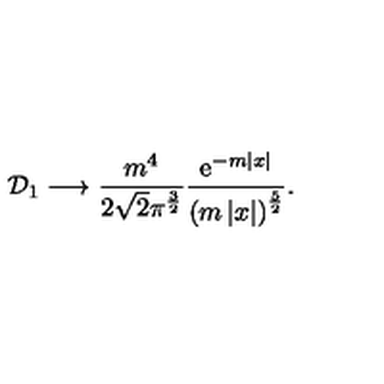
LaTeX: { \cal D } _ { 1 } \longrightarrow \frac { m ^ { 4 } } { 2 \sqrt { 2 } \pi ^ { \frac 3 2 } } \frac { \mathrm { e } ^ { - m \left| x \right| } } { \left( m \left| x \right| \right) ^ { \frac 5 2 } } .